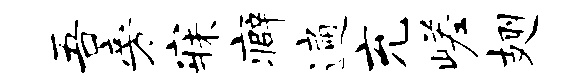
吾旁寐癖遍充嵯翅